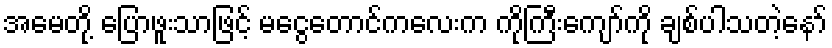
အမေတို့ ပြောဖူးသာဖြင့် မငွေတောင်ကလေးက ကိုကြီးကျော်ကို ချစ်ပါသတဲ့နော်